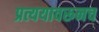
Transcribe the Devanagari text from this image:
प्रत्ययावरूनच